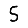
Digit: 5